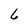
Character: 6